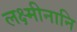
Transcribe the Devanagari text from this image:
लक्ष्मीनानि